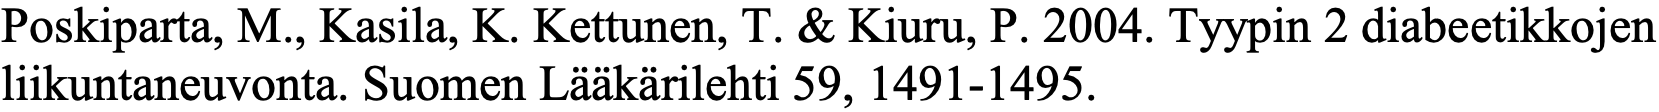
Poskiparta, M., Kasila, K. Kettunen, T. & Kiuru, P. 2004. Tyypin 2 diabeetikkojen liikuntaneuvonta. Suomen Lääkärilehti 59, 1491-1495.